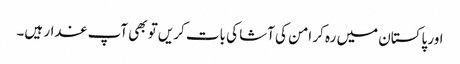
اور پاکستان میں رہ کر امن کی آشا کی بات کریں تو بھی آپ غدار ہیں۔